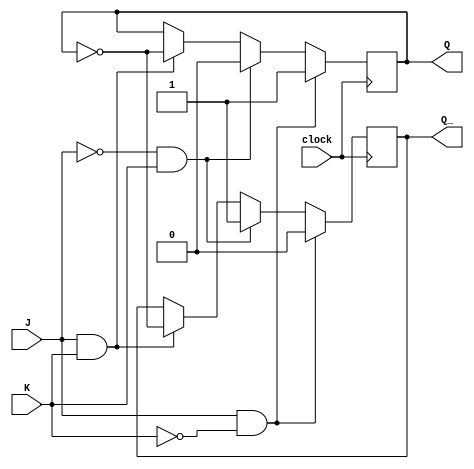
module jk_latch(
    input wire J,
    input wire K,
    input wire clock,
    output reg Q,
    output reg Q_
);

always @(posedge clock) begin
    if (J & ~K) begin // J input sets the latch
        Q <= 1;
        Q_ <= 0;
    end else if (~J & K) begin // K input resets the latch
        Q <= 0;
        Q_ <= 1;
    end else if (J & K) begin // Toggle condition
        Q <= ~Q;
        Q_ <= ~Q;
    end
    // else Q and Q_ retain their previous values
end

endmodule